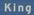
king